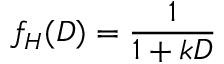
f _ { H } ( D ) = { \frac { 1 } { 1 + k D } }